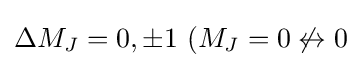
\Delta M_{J}=0,\pm 1\ (M_{J}=0\not \leftrightarrow 0